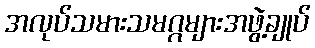
အလုပ်သမားသမဂ္ဂများအဖွဲ့ချုပ်